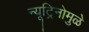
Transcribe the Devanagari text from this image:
न्यूट्रिनोमुळे